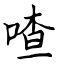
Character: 喳